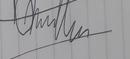
Signature authenticity: forged